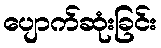
ပျောက်ဆုံးခြင်း